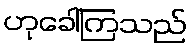
ဟုခေါ်ကြသည်